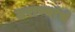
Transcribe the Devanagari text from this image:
तराण्यांचे